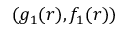
( g _ { 1 } ( r ) , f _ { 1 } ( r ) )